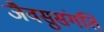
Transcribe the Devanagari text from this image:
जैवसुसंगति